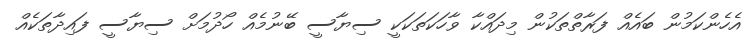
އެހެންކަމުން ބައެއް ފަރާތްތަކުން މިދައްކާ ވާހަކަތަކަކީ ސިޔާސީ ބޭނުމެއް ހޯދުމަށް ސިޔާސީ ފައިދާތަކެއް